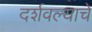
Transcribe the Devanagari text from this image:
दर्शवल्याचे